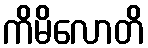
ကိမိလောတိ